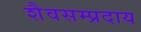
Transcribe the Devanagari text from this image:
शैवसम्प्रदाय